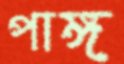
পাঙ্গ